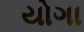
યોગા